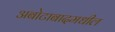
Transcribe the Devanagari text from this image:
अबोटाबादमधील